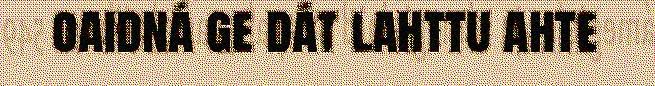
oaidná ge dát lahttu ahte